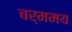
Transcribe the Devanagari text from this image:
चर्ममय